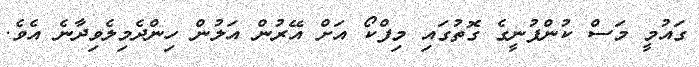
ގައުމީ މަސް ކުންފުނީގެ ގޮތުގައި މިފްކޯ އަށް އޭރުން އަލުން ހިންދެމިލެވިދާނެ އެވެ.